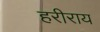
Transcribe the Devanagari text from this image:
हरीराय